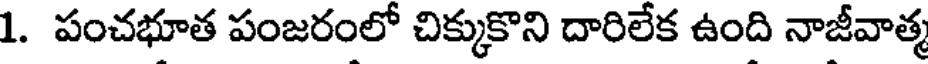
1. పంచభూత పంజరంలో చిక్కుకొని దారిలేక ఉంది నాజీవాత్మ